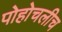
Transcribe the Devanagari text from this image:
पोहोचलीच